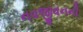
નવજીવનની